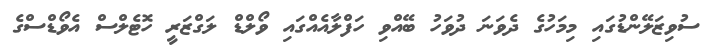
ސުވިޒަލޭންޑުގައި މިމަހުގެ ދެވަނަ ދުވަހު ބޭއްވި ހަފްލާއެއްގައި ވޯލްޑް ލަގްޒަރީ ހޮޓެލްސް އެވޯޑްސްގެ